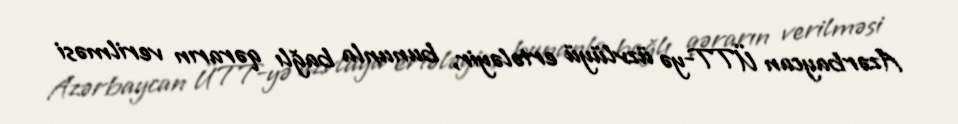
Azərbaycan ÜTT-yə üzvlüyü ertələyir, bununla bağlı qərarın verilməsi